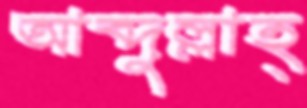
আব্দুল্লাহ্